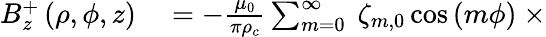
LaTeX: \begin{array}{rl}{B_{z}^{+}\left(\rho,\phi,z\right)}&{{}=-\frac{\mu_{0}}{\pi\rho_{c}}\sum_{m=0}^{\infty}\ \zeta_{m,0}\cos\left(m\phi\right)\ \times}\end{array}